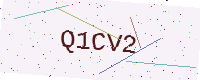
Text: Q1CV2